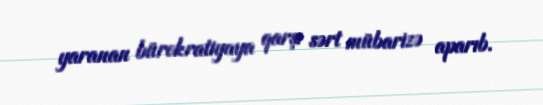
yaranan bürokratiyaya qarşı sərt mübarizə aparıb.